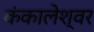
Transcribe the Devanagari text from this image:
कंकालेश्‍वर